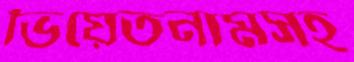
ভিয়েতনামসহ